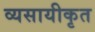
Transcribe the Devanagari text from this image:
व्यसायीकृत